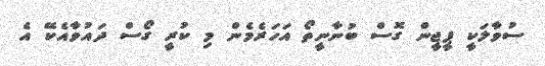
ސުވާލަކީ ޕީޖީން ގޮސް ބުނާނީތޯ އަހަރެމެން މި ކުރީ ގޯސް ދައުވާއެކޭ އެ